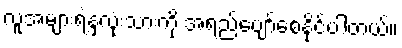
လူအများရဲ့နှလုံးသားကို အရည်ပျော်စေနိုင်ပါတယ်။